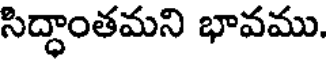
సిద్ధాంతమని భావము.